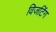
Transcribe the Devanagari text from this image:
विजटिंग